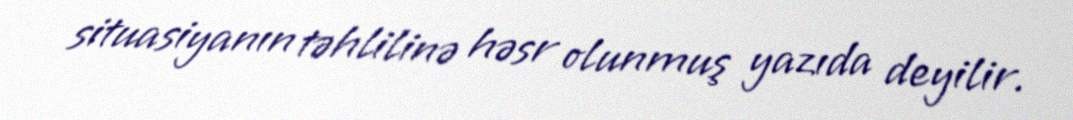
situasiyanın təhlilinə həsr olunmuş yazıda deyilir.